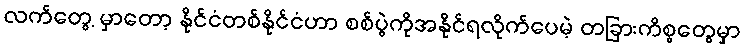
လက်တွေ့ မှာတော့ နိုင်ငံတစ်နိုင်ငံဟာ စစ်ပွဲကိုအနိုင်ရလိုက်ပေမဲ့ တခြားကိစ္စတွေမှာ